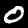
Digit: 0